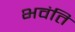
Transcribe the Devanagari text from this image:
भवंति